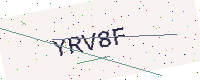
Text: YRV8F